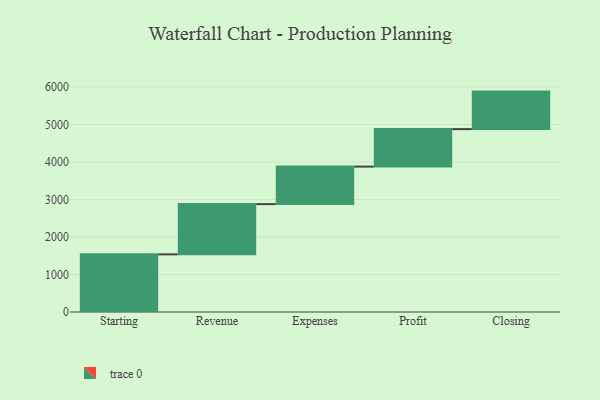
{"axis": {"x": "Step", "y": "Value"}, "legend": [""], "data": [{"x": "Starting", "y": 1537.0, "type": ""}, {"x": "Revenue", "y": 1340.0, "type": ""}, {"x": "Expenses", "y": 1000, "type": ""}, {"x": "Profit", "y": 1000, "type": ""}, {"x": "Closing", "y": 1000, "type": ""}]}